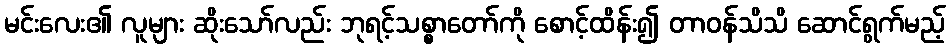
မင်းလေး၏ လူများ ဆိုးသော်လည်း ဘုရင့်သစ္စာတော်ကို စောင့်ထိန်း၍ တာဝန်သိသိ ဆောင်ရွက်မည့်